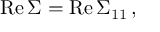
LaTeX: \mathrm { R e } \, \Sigma = \mathrm { R e } \, { \Sigma } _ { 1 1 } \, ,